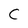
Character: C